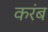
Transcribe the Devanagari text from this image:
करंब